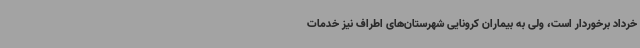
خرداد برخوردار است، ولی به بیماران کرونایی شهرستان‌های اطراف نیز خدمات